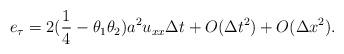
LaTeX: \begin{align*}e_{\tau} = 2 (\dfrac{1}{4} - \theta_1 \theta_2) a^2 u_{xx} \Delta t + O(\Delta t^2) + O(\Delta x^2).\end{align*}